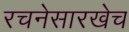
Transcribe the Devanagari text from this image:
रचनेसारखेच